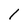
Character: 1